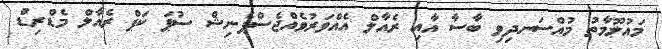
މައުލޫމާތު މުއްސަނދިވި ބާސާ އާއި ރެއާލް އެއްވަރުވެއްޖެސްޕެނިޝް ސުޕަ ކަޕް ރެއާލް މެޑްރިޑް